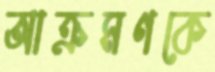
আক্রমণকে